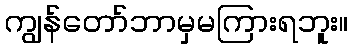
ကျွန်တော်ဘာမှမကြားရဘူး။